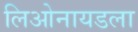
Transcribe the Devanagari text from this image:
लिओनायडला